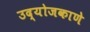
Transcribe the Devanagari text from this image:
उद्योजकाणे